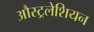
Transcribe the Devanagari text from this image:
औस्ट्रलेशियन